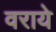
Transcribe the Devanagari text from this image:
वराये